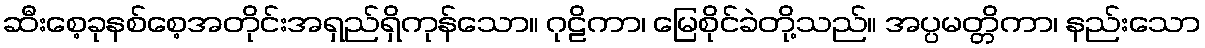
ဆီးစေ့ခုနစ်စေ့အတိုင်းအရှည်ရှိကုန်သော။ ဂုဠိကာ၊ မြေစိုင်ခဲတို့သည်။ အပ္ပမတ္တိကာ၊ နည်းသော